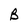
Character: B